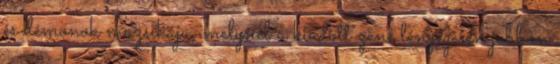
és démonok muzsikája, melynél a kiadott zene lényegesen jobban